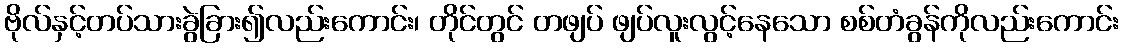
ဗိုလ်နှင့်တပ်သားခွဲခြား၍လည်းကောင်း၊ တိုင်တွင် တဖျပ် ဖျပ်လူးလွင့်နေသော စစ်တံခွန်ကိုလည်းကောင်း